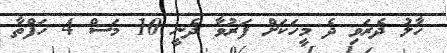
ހާލު ދެރަވި ދެ މީހަކަށް ފަރުވާ ދެނީ 10 މަސް 4 ހަފްތާ